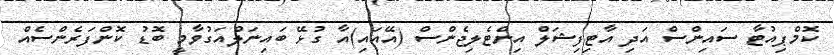
ކޮމްޕިއުޓާ ސައިންސް އަދި އާޓިފިޝަލް އިންޓެލިޖެންސް (އޭއައި)އާ ގުޅޭ ބައިނަލްއަގުވާމީ ބޮޑު ކޮންފަރެންސެއް